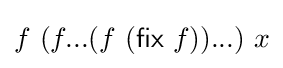
f\ (f...(f\ ({\mathsf {fix}}\ f))...)\ x